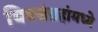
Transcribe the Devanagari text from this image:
चित्रसंग्रहांमध्ये